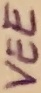
Text: VEE